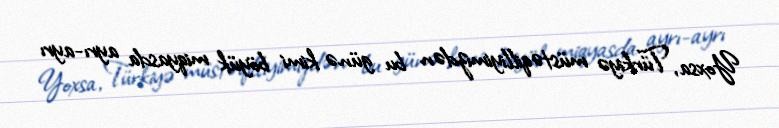
Yoxsa, Türkiyə müstəqilliyimizdən bu günə kimi böyük miqyasda ayrı-ayrı